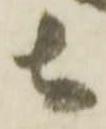
者